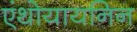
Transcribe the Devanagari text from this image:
एंथोयायनिन